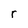
Character: r